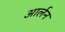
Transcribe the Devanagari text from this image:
आर्लन